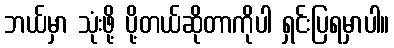
ဘယ်မှာ သုံးဖို့ ပို့တယ်ဆိုတာကိုပါ ရှင်းပြရမှာပါ။